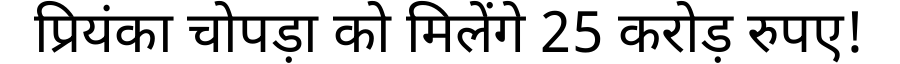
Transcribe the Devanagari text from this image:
प्रियंका चोपड़ा को मिलेंगे 25 करोड़ रुपए!